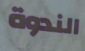
الندوة